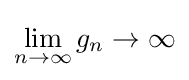
\lim _{n\to \infty }g_{n}\to \infty